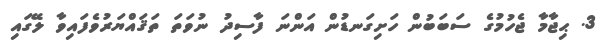
3. ޙިޖާމާ ޖެހުމުގެ ސަބަބުން ހަށިގަނޑުން އަންނަ ފާސިދު ނުވަތަ ތަޤައްޔަރުވެފައިވާ ލޭގައި